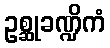
ဥစ္ဆုခဏ္ဍိကံ